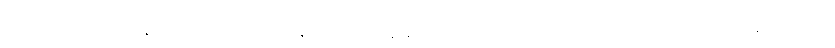
ကန်ဘေးမှာပဲ နေရာသတ်မှတ်ပြီး နုန်းတွေ ပြန်ချထားရတာလို့ အငြိမ်းစား ဆည်မြောင်းဝန်ထမ်းက